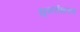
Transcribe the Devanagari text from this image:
सुवर्नाक्षरात